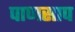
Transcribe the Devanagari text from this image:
पाणसाप